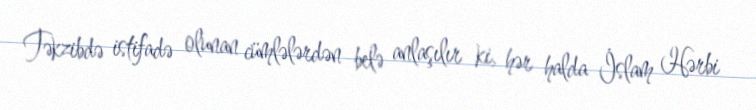
Təkzibdə istifadə olunan cümlələrdən belə anlaşılır ki, hər halda İslam Hərbi